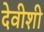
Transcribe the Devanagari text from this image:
देवीशी